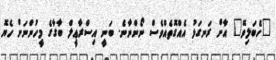
"ހެބަލިވޭ" އަާށް ރަނގަޅު އެއްގޮތެއްވެސް ނޯންނާނެ. ބަނީ އިސްރާޢީލް ބާގާގެ މީހުންނަށް ހެޔޮ